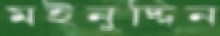
মইনুদ্দিন